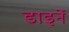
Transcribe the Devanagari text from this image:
डाइनें